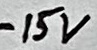
Text: -15V